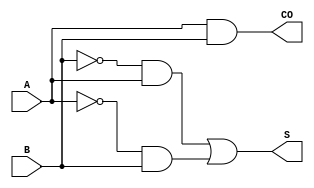
// Copyright 2022 GlobalFoundries PDK Authors
//
// Licensed under the Apache License, Version 2.0 (the "License");
// you may not use this file except in compliance with the License.
// You may obtain a copy of the License at
//
//      http://www.apache.org/licenses/LICENSE-2.0
//
// Unless required by applicable law or agreed to in writing, software
// distributed under the License is distributed on an "AS IS" BASIS,
// WITHOUT WARRANTIES OR CONDITIONS OF ANY KIND, either express or implied.
// See the License for the specific language governing permissions and
// limitations under the License.

module gf180mcu_fd_sc_mcu9t5v0__addh_1( CO, A, B, S );
input A, B;
output CO, S;

	and MGM_BG_0( CO, A, B );

	wire B_inv_for_gf180mcu_fd_sc_mcu9t5v0__addh_1;

	not MGM_BG_1( B_inv_for_gf180mcu_fd_sc_mcu9t5v0__addh_1, B );

	wire S_row1;

	and MGM_BG_2( S_row1, B_inv_for_gf180mcu_fd_sc_mcu9t5v0__addh_1, A );

	wire A_inv_for_gf180mcu_fd_sc_mcu9t5v0__addh_1;

	not MGM_BG_3( A_inv_for_gf180mcu_fd_sc_mcu9t5v0__addh_1, A );

	wire S_row2;

	and MGM_BG_4( S_row2, A_inv_for_gf180mcu_fd_sc_mcu9t5v0__addh_1, B );

	or MGM_BG_5( S, S_row1, S_row2 );

endmodule